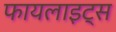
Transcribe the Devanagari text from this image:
फायलाइट्स